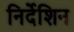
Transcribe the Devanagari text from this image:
निर्देशिन